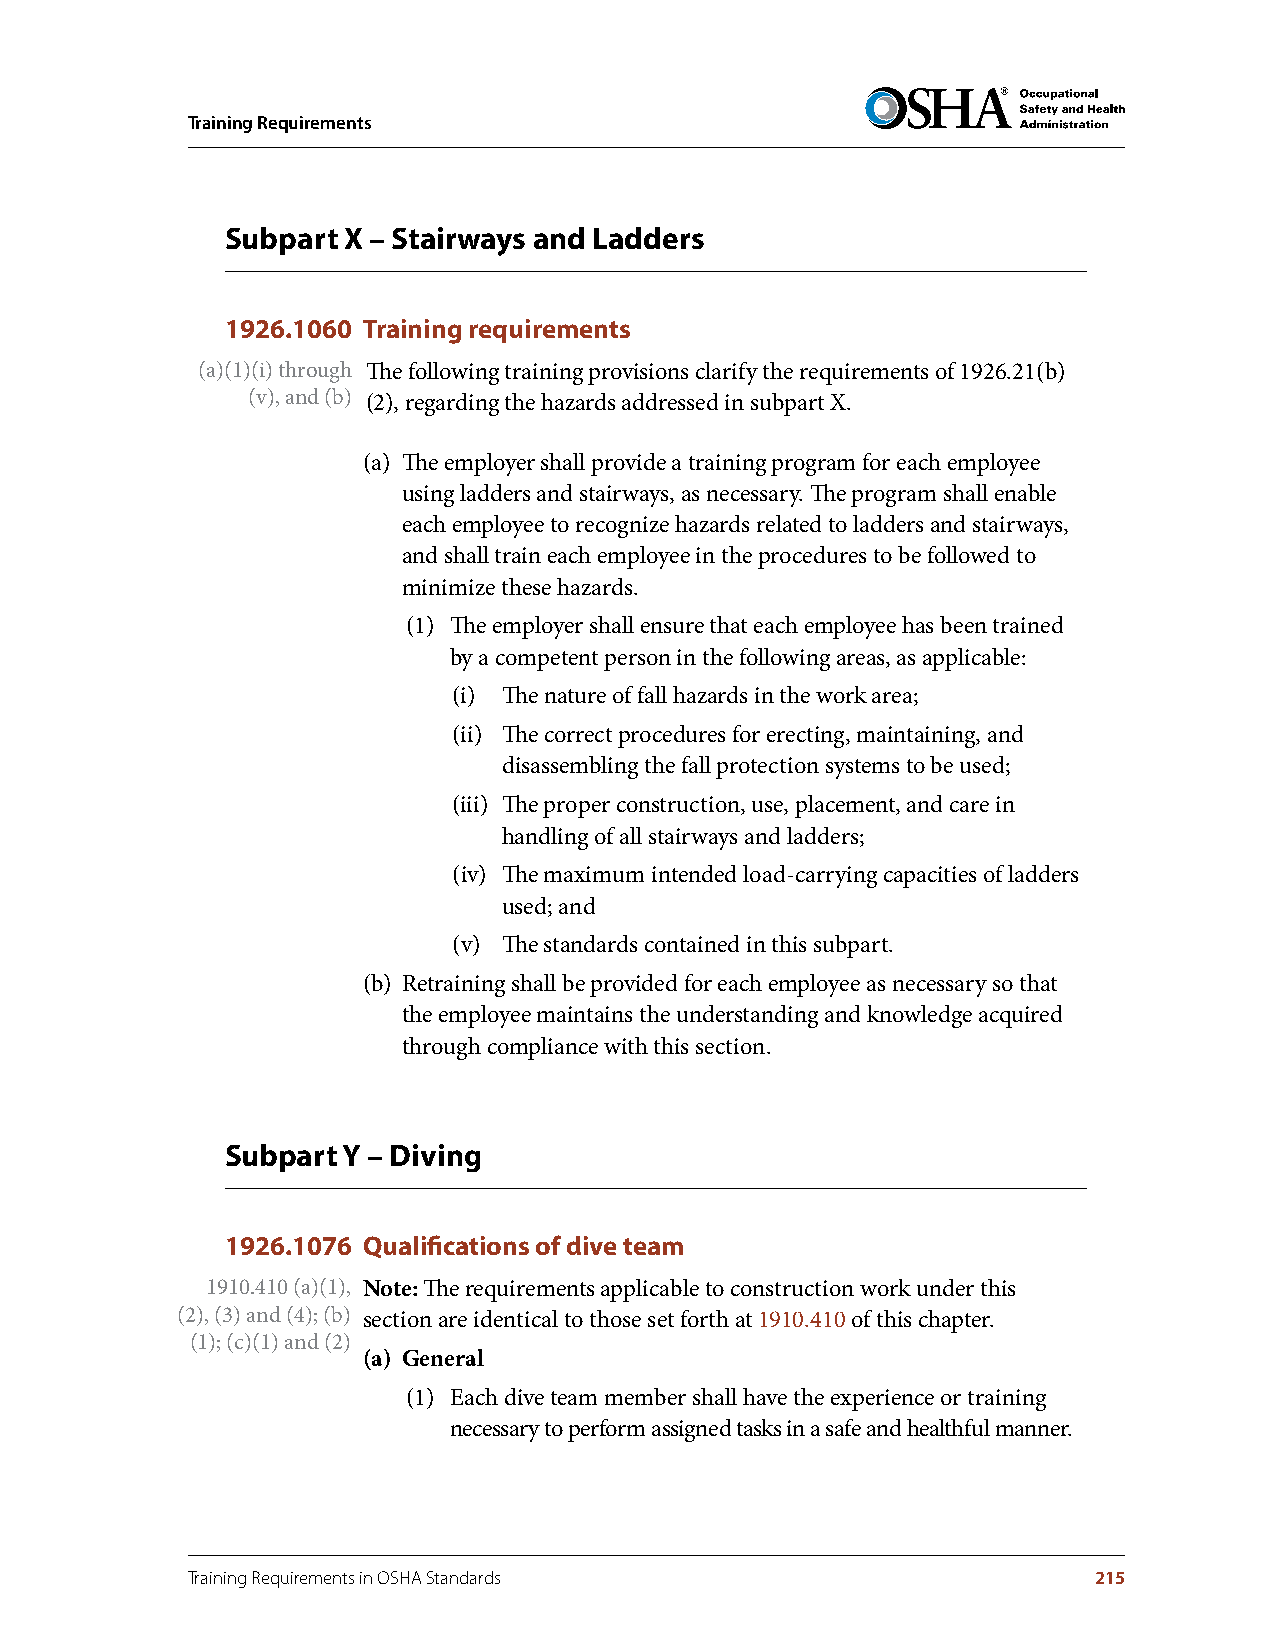
Training Requirements
 Subpart X – Stairways and Ladders
 1926.1060 Training requirements
 (a)(1)(i) through The following training provisions clarify the requirements of 1926.21(b)
 (v), and (b) (2), regarding the hazards addressed in subpart X.
 (a) The employer shall provide a training program for each employee
 using ladders and stairways, as necessary. The program shall enable
 each employee to recognize hazards related to ladders and stairways,
 and shall train each employee in the procedures to be followed to
 minimize these hazards.
 (1) The employer shall ensure that each employee has been trained
 by a competent person in the following areas, as applicable:
 (i) The nature of fall hazards in the work area;
 (ii) The correct procedures for erecting, maintaining, and
 disassembling the fall protection systems to be used;
 (iii) The proper construction, use, placement, and care in
 handling of all stairways and ladders;
 (iv) The maximum intended load-carrying capacities of ladders
 used; and
 (v) The standards contained in this subpart.
 (b) Retraining shall be provided for each employee as necessary so that
 the employee maintains the understanding and knowledge acquired
 through compliance with this section.
 Subpart Y – Diving
 1926.1076 Qualifications of dive team
 1910.410 (a)(1), Note: The requirements applicable to construction work under this
 (2), (3) and (4); (b) section are identical to those set forth at 1910.410 of this chapter.
 (1); (c)(1) and (2)
 (a) General
 (1) Each dive team member shall have the experience or training
 necessary to perform assigned tasks in a safe and healthful manner.
 Training Requirements in OSHA Standards                     215